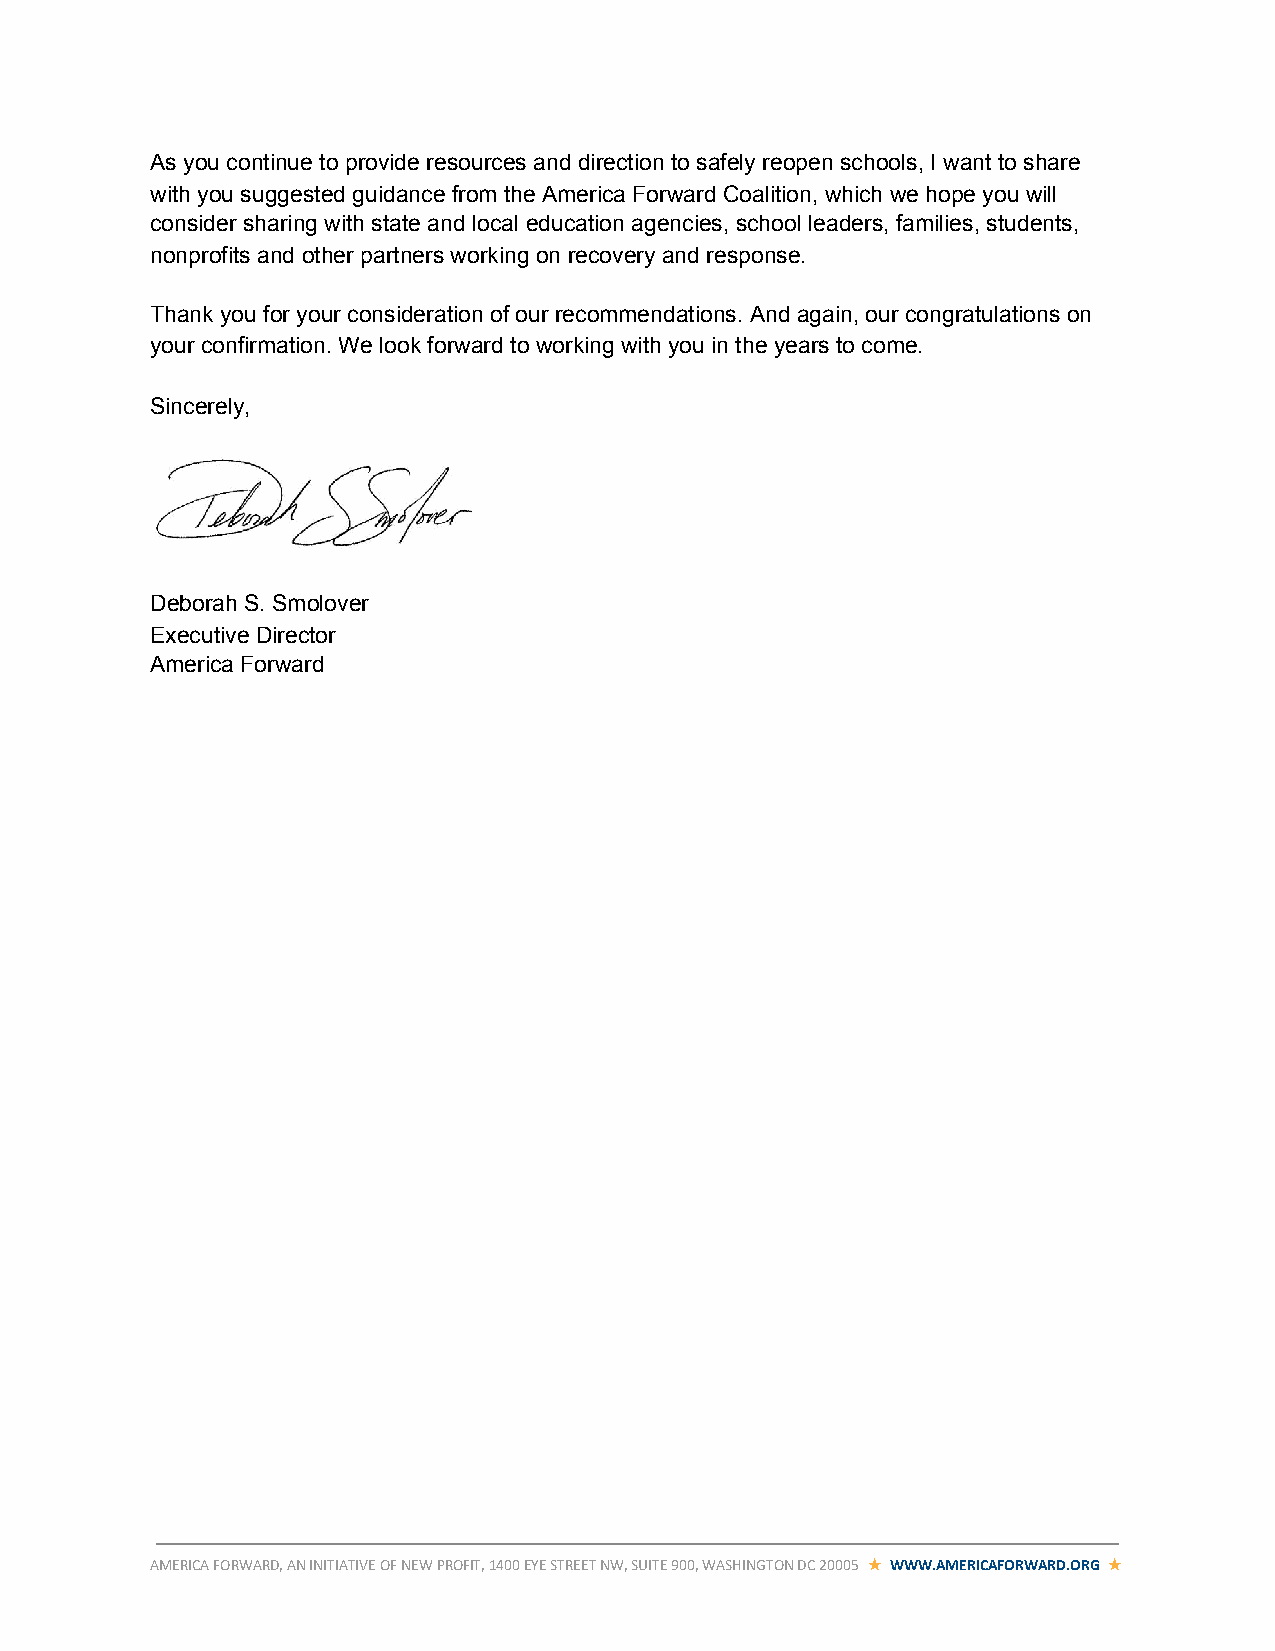
As you continue to provide resources and direction to safely reopen schools, I want to share
 with you suggested guidance from the America Forward Coalition, which we hope you will
 consider sharing with state and local education agencies, school leaders, families, students,
 nonprofits and other partners working on recovery and response.
 Thank you for your consideration of our recommendations. And again, our congratulations on
 your confirmation. We look forward to working with you in the years to come.
 Sincerely,
 Deborah S. Smolover
 Executive Director
 America Forward
 AMERICA FORWARD, AN INITIATIVE OF NEW PROFIT, 1400 EYE STREET NW, SUITE 900, WASHINGTON DC 20005 ★ WWW.AMERICAFORWARD.ORG ★
 ​ ​​            ​ ​